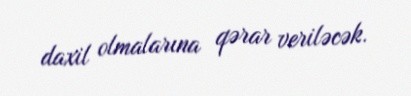
daxil olmalarına qərar veriləcək.